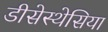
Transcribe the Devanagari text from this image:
डीसेस्थेसिया